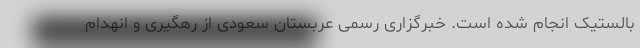
بالستیک انجام شده است. خبرگزاری رسمی عربستان سعودی از رهگیری و انهدام